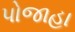
પોજાહા